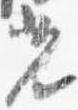
光